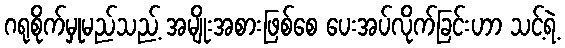
ဂရုစိုက်မှုမည်သည့် အမျိုးအစားဖြစ်စေ ပေးအပ်လိုက်ခြင်းဟာ သင့်ရဲ့